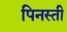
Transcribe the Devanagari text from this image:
पिनस्ती